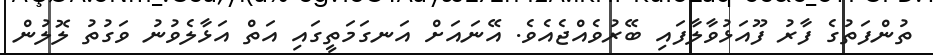
ތުންފަތުގެ ފާރު ފޫއަޅުވާލާފައި ބޭރުވެއްޖެއެވެ. އޭނައަށް އަނގަމަތީގައި އަތް އަޅާލެވުނު ވަގުތު ލޮލުން